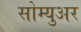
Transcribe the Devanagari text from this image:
सोम्युअर